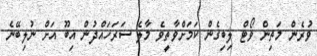
ވުރެން މަތިން ވޯޓް ލިބިގެން ކަމަށްވާތީވެ މާލެ ސަރަހައްދުން އިބޫ އަށް ނުލިބޭނެ